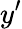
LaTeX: y’